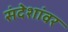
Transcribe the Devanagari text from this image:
संदेशांवर